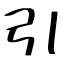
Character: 引